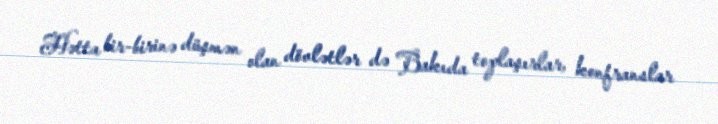
Hətta bir-birinə düşmən olan dövlətlər də Bakıda toplaşırlar, konfranslar